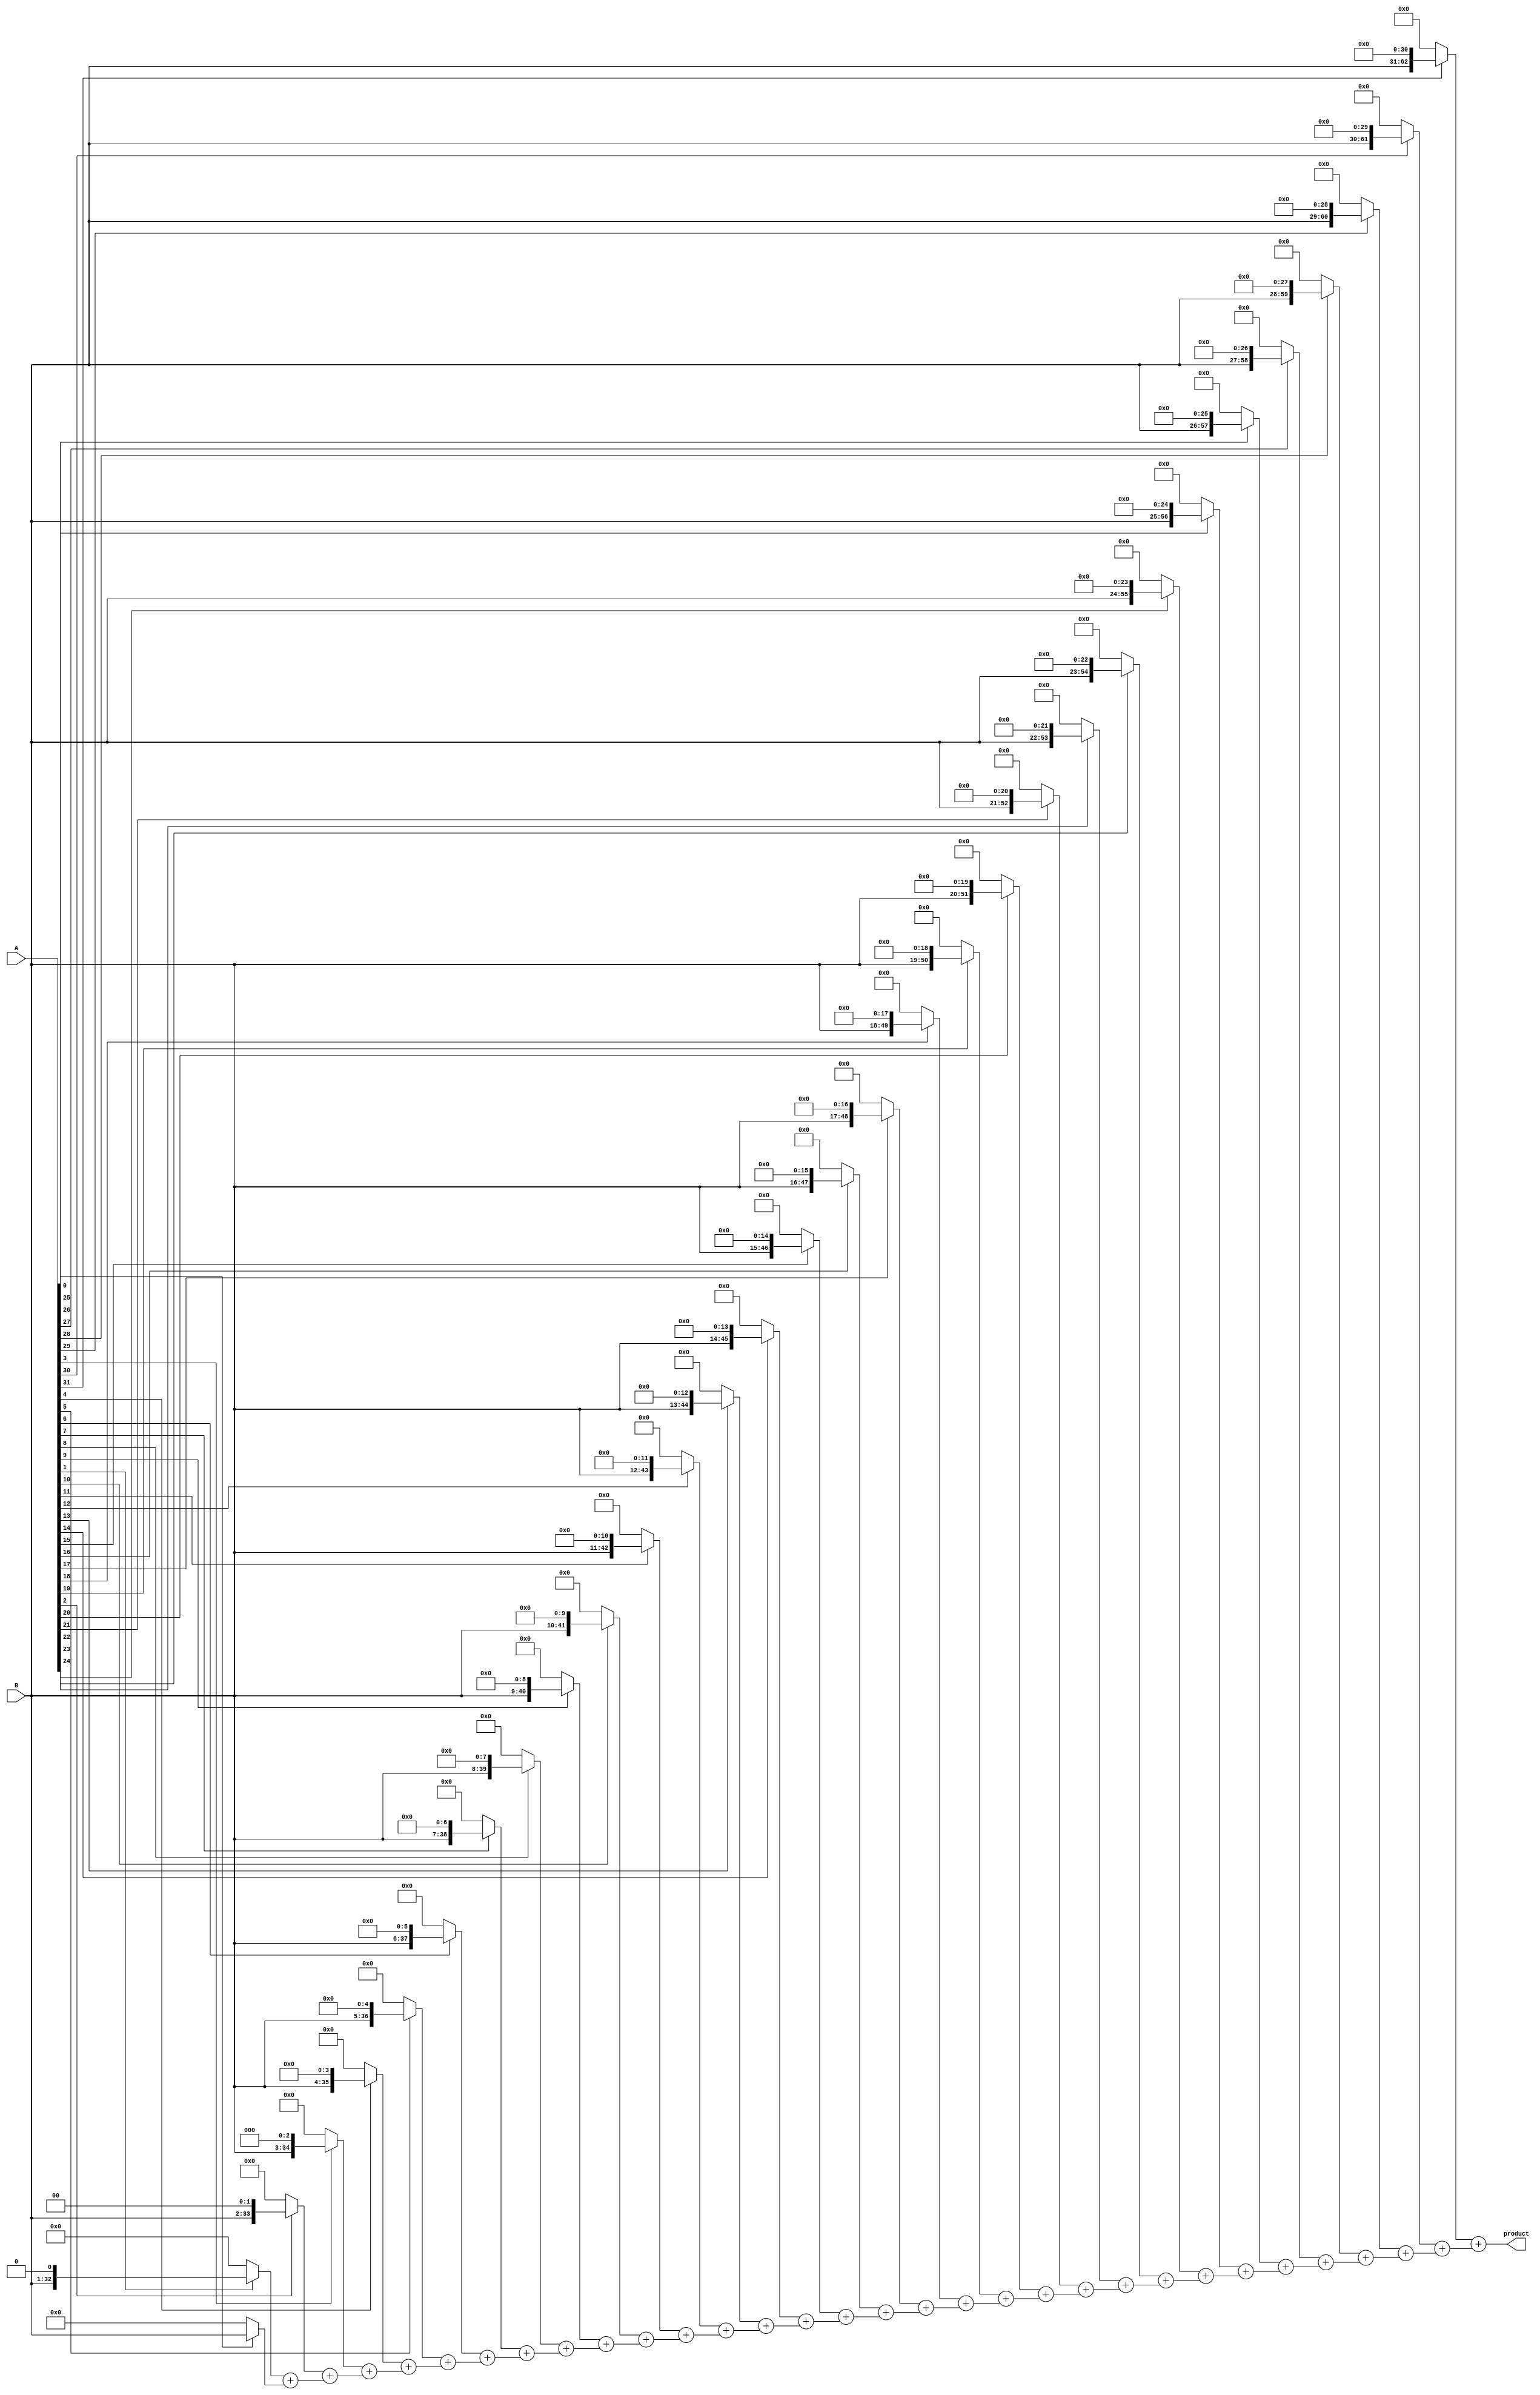
module multiplier32_bit(
    input [31:0] A,
    input [31:0] B,
    output [63:0] product
    );
      
	wire [63:0] product;                  
	wire [2047:0] temp;       
	genvar i;        
	assign temp[63:0] = A[0] ? B : 0;  //first output size bits          
	generate          
		for (i = 1; i < 32; i = i+1)      
		begin        
			assign temp[(32*(4+(2*(i-1))))-1 : 64*i] = (A[i]? B<<i :0)+ temp[(32*(4+(2*(i-2))))-1:64*(i-1)];      
		end
	endgenerate          
	assign product=temp[2047:1984];     //taking last output size bits            

endmodule